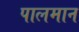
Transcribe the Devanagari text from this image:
पालमान